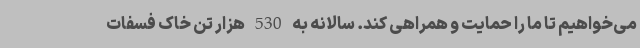
می‌خواهیم تا ما را حمایت و همراهی کند. سالانه به 530 هزار تن خاک فسفات